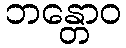
ဘန္တောဝ